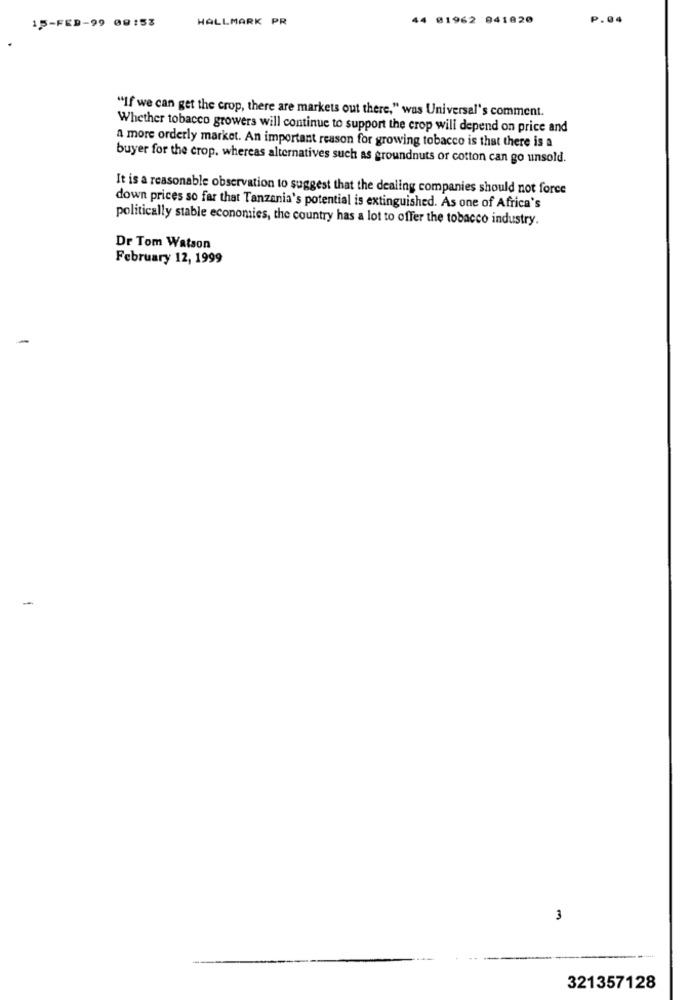
HALLMARK PR
44 01962 841820
P.04
15-FED-99 09:53
"If we can get the crop, there are markets out there," was Universal's comment.
Whether tobacco growers will continue to support the crop will depend on price and
a more orderly market. An important reason for growing tobacco is that there is a
buyer for the crop, whereas alternatives such as groundnuts or cotton can go unsold.
It is a reasonable observation to suggest that the dealing companies should not force
down prices so far that Tanzania's potential is extinguished. As one of Africa's
politically stable economies, the country has a lot to offer the tobacco industry.
Dr Tom Watson
February 12, 1999
-
3
321357128